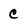
Character: C